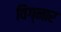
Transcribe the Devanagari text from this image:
विग्नार